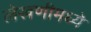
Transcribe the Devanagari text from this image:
लेखणीमध्ये